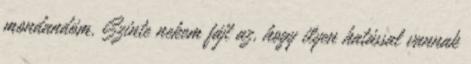
mondandóm. Szinte nekem fájt az, hogy ilyen hatással vannak